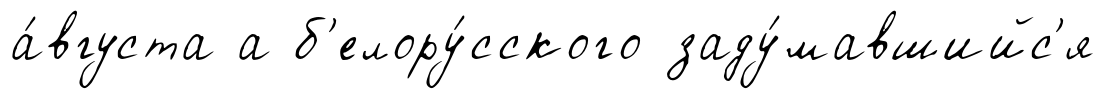
а́вгуста а б'елору́сского заду́мавшийс'я